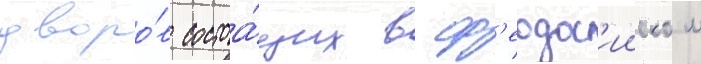
дворо́в состоа́щих в ф'еодос'ииском